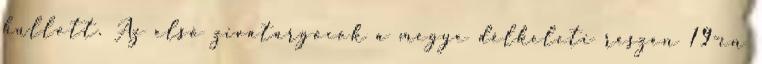
hullott. Az első zivatargócok a megye délkeleti részén 19-én